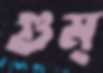
গুম্‌